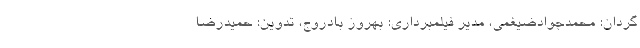
گردان: محمدجوادضیغمی، مدیر فیلمبرداری: بهروز بادروج، تدوین: حمیدرضا